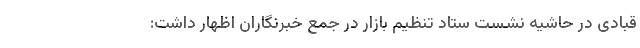
قبادی در حاشیه نشست ستاد تنظیم بازار در جمع خبرنگاران اظهار داشت: